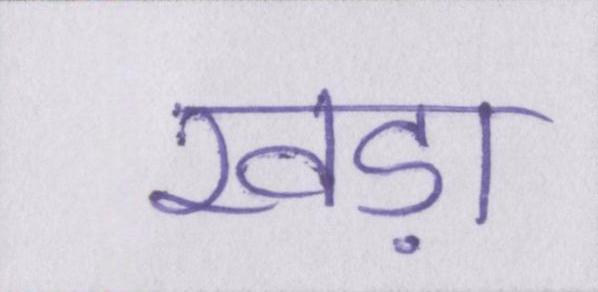
खड़ा